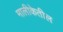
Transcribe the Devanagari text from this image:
मालीकेतील